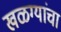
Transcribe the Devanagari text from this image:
खळग्यांचा